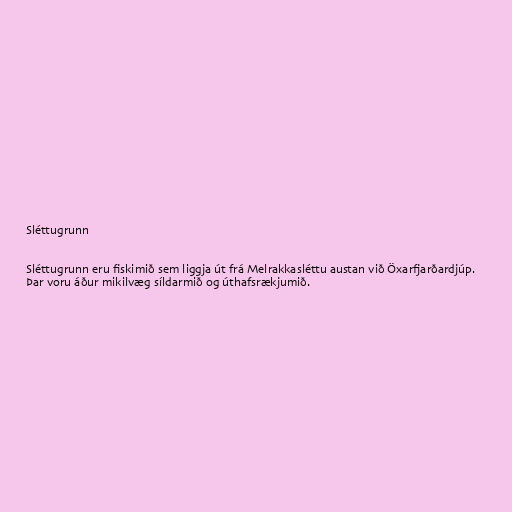
Sléttugrunn

Sléttugrunn eru fiskimið sem liggja út frá Melrakkasléttu austan við Öxarfjarðardjúp.
Þar voru áður mikilvæg síldarmið og úthafsrækjumið.